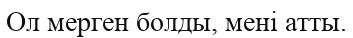
Ол мерген болды, мені атты.